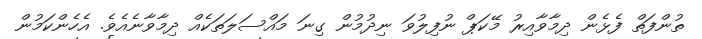
ތުންފަތް ފެޅެން ދިމާވާއިރު މޭކަޕް ނުފިލުވަ ނިދުމުން ގިނަ މައްސަލަތަކެއް ދިމާވާނެއެވެ. އެހެންކަމުން